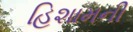
હિશામની